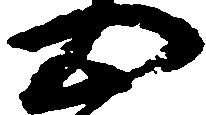
心